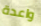
واعدة